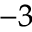
^ { - 3 }